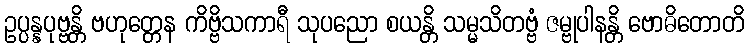
ဥပ္ပန္နပုဗ္ဗန္တိ ဗဟုတ္တေန ကိဗ္ဗိသကာရီ သုပညော စယန္တိ သမ္မသိတဗ္ဗံ ဇမ္ဗုပါနန္တိ ဗောဓိတောတိ